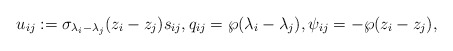
\begin{gather*} u_{ij}:= \sigma_{\lambda_i -\lambda_j}(z_i-z_j) s_{ij}, q_{ij} =\wp(\lambda_i -\lambda_j), \psi_{ij}= - \wp(z_i-z_j),\end{gather*}